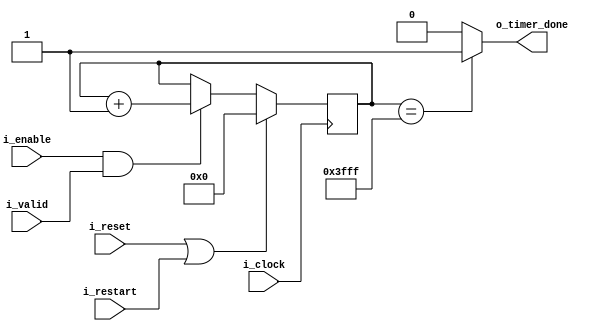



module am_timer
#(
	parameter N_BLOCKS = 16383, //[check]
	parameter EXTRA_DELAY = 0 //depends on reset conditiones
 )
 (
 	input  wire i_clock,
 	input  wire i_reset,
 	input  wire i_enable,
 	input  wire i_valid,
 	input  wire i_restart,

 	output wire o_timer_done
 );

//LOCALPARAMS
localparam NB_COUNTER = $clog2(N_BLOCKS);

//INTERNAL SIGNALS
reg [NB_COUNTER-1 : 0] counter;


//Update counter
always @ (posedge i_clock)
begin
	if(i_reset || i_restart)
		counter <= 0;
	else if(i_enable && i_valid)
	begin
		counter <= counter + 1;
	end
end

//PORTS
/*
	La cuenta se realiza hasta 2 menos que el periodo entre alineadores debido a que la fms introduce
	1 ciclo de clock de delay para setear la flag que resetea el timer y el contador interno
	demora 1 ciclo mas en volverse a cero.
*/
assign o_timer_done = (counter == N_BLOCKS-EXTRA_DELAY) ? 1'b1 : 1'b0; // salida en 1 cuando counter alcanzo el valor maximo


endmodule